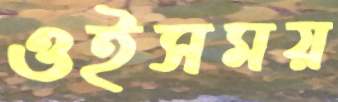
ওইসময়